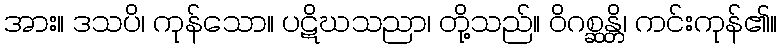
အား။ ဒသပိ၊ ကုန်သော။ ပဋိဃသညာ၊ တို့သည်။ ဝိဂစ္ဆန္တိ၊ ကင်းကုန်၏။